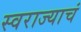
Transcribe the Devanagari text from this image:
स्वराज्याचं